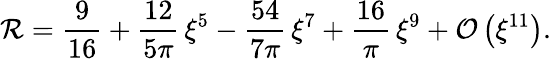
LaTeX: \mathcal{R}=\frac{9}{16}+\frac{12}{5\pi}\, \xi^{5}-\frac{54}{7\pi}\, \xi^{7}+\frac{16}{\pi}\, \xi^{9}+\mathcal{O}\left(\xi^{11}\right).